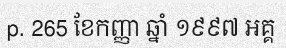
p. 265 ខែកញ្ញា ឆ្នាំ ១៩៩៧ អគ្គ